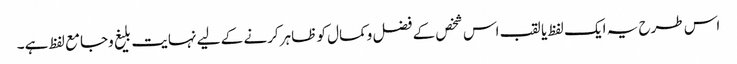
اس طرح یہ ایک لفظ یا لقب اس شخص کے فضل وکمال کو ظاہر کرنے کے لیے نہایت بلیغ وجامع لفظ ہے۔